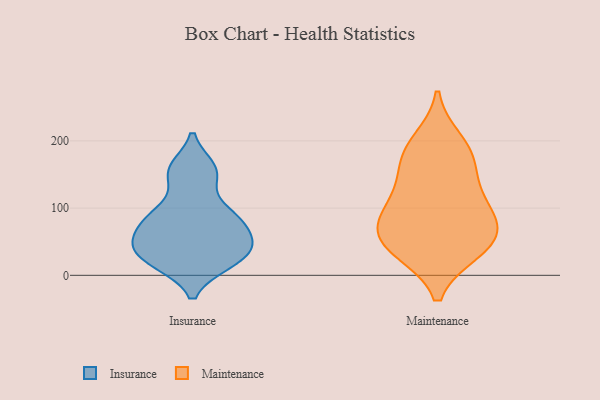
{"axis": {"x": "Satisfaction Score", "y": "Value"}, "legend": ["Insurance", "Maintenance"], "data": [{"x": "", "y": 85, "type": "Insurance"}, {"x": "", "y": 49, "type": "Insurance"}, {"x": "", "y": 41, "type": "Insurance"}, {"x": "", "y": 78, "type": "Insurance"}, {"x": "", "y": 47, "type": "Insurance"}, {"x": "", "y": 94, "type": "Insurance"}, {"x": "", "y": 159, "type": "Insurance"}, {"x": "", "y": 19, "type": "Insurance"}, {"x": "", "y": 18, "type": "Insurance"}, {"x": "", "y": 150, "type": "Insurance"}, {"x": "", "y": 37, "type": "Maintenance"}, {"x": "", "y": 140, "type": "Maintenance"}, {"x": "", "y": 61, "type": "Maintenance"}, {"x": "", "y": 99, "type": "Maintenance"}, {"x": "", "y": 39, "type": "Maintenance"}, {"x": "", "y": 44, "type": "Maintenance"}, {"x": "", "y": 74, "type": "Maintenance"}, {"x": "", "y": 114, "type": "Maintenance"}, {"x": "", "y": 177, "type": "Maintenance"}, {"x": "", "y": 199, "type": "Maintenance"}, {"x": "", "y": 176, "type": "Maintenance"}, {"x": "", "y": 80, "type": "Maintenance"}]}